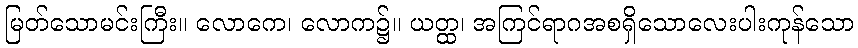
မြတ်သောမင်းကြီး။ လောကေ၊ လောက၌။ ယတ္ထ၊ အကြင်ရာဂအစရှိသောလေးပါးကုန်သော